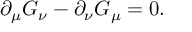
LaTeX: \partial _ { \mu } G _ { \nu } - \partial _ { \nu } G _ { \mu } = 0 .